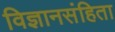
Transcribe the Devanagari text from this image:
विज्ञानसंहिता